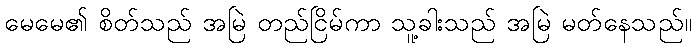
မေမေ၏ စိတ်သည် အမြဲ တည်ငြိမ်ကာ သူ့ခါးသည် အမြဲ မတ်နေသည်။